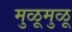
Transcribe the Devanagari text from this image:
मुळूमुळू